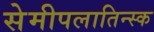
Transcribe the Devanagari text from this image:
सेमीपलातिन्स्क